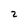
Character: 2